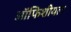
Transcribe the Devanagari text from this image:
ऑफिशीयल